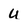
Character: U